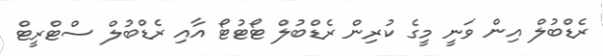
ރެޑްބުލް އިން ވަނީ މީގެ ކުރިން ރެޑްބުލް ޓޯޓުޓޯ އާއި ރެޑްބުލް ސްޓްރީޓް